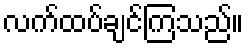
လက်ထပ်ချင်ကြသည်။